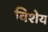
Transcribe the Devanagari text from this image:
विशेय